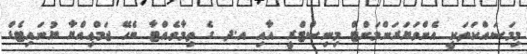
މިމަސައްކަތަކީ އެންވަޔަރަންމަންޓް މިނިސްޓްރީ އާއި އ.ދ ގެ ތިމާވެއްޓާ ބެހޭ ޖަމްޢިއްޔާ ޔުނައިޓެޑް